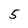
Character: 5